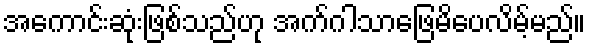
အကောင်းဆုံးဖြစ်သည်ဟု အက်ဂါသာဖြေမိပေလိမ့်မည်။